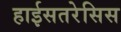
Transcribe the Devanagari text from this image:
हाईसतरेसिस